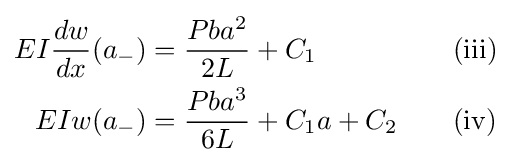
{\begin{aligned}EI{\dfrac {dw}{dx}}(a_{-})&={\dfrac {Pba^{2}}{2L}}+C_{1}&&\quad \mathrm {(iii)} \\EIw(a_{-})&={\dfrac {Pba^{3}}{6L}}+C_{1}a+C_{2}&&\quad \mathrm {(iv)} \end{aligned}}